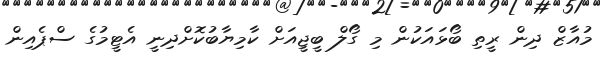
މުއާޒް ދިން ރީތި ބޯޅައަކުން މި ގޯލް ބީޖީއަށް ކާމިޔާބުކޮށްދިނީ އެޓީމުގެ ސްޕެއިން